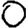
Digit: 0